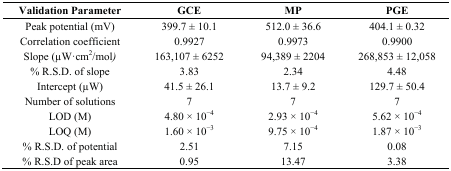
| Validation Parameter | GCE | MP | PGE |
 | --- | --- | --- | --- |
 | Peak potential (mV) | 399.7 ± 10.1 | 512.0 ± 36.6 | 404.1 ± 0.32 |
 | Correlation coefficient | 0.9927 | 0.9973 | 0.9900 |
 | Slope (μW·cm2/mol) | 163,107 ± 6252 | 94,389 ± 2204 | 268,853 ± 12,058 |
 | % R.S.D. of slope | 3.83 | 2.34 | 4.48 |
 | Intercept (μW) | 41.5 ± 26.1 | 13.7 ± 9.2 | 129.7 ± 50.4 |
 | Number of solutions | 7 | 7 | 7 |
 | LOD (M) | 4.80 × 10−4 | 2.93 × 10−4 | 5.62 × 10−4 |
 | LOQ (M) | 1.60 × 10−3 | 9.75 × 10−4 | 1.87 × 10−3 |
 | % R.S.D. of potential | 2.51 | 7.15 | 0.08 |
 | % R.S.D of peak area | 0.95 | 13.47 | 3.38 |